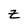
Character: z